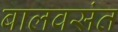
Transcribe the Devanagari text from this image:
बालवसंत